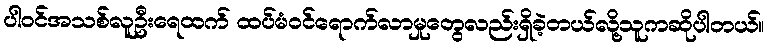
ပါဝင်အသစ်လူဦးရေထက် ထပ်မံဝင်ရောက်လာမှုတွေလည်းရှိခဲ့တယ်လို့သူကဆိုပါတယ်။